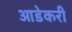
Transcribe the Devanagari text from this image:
आडेकरी